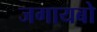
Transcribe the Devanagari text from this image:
जगायबो